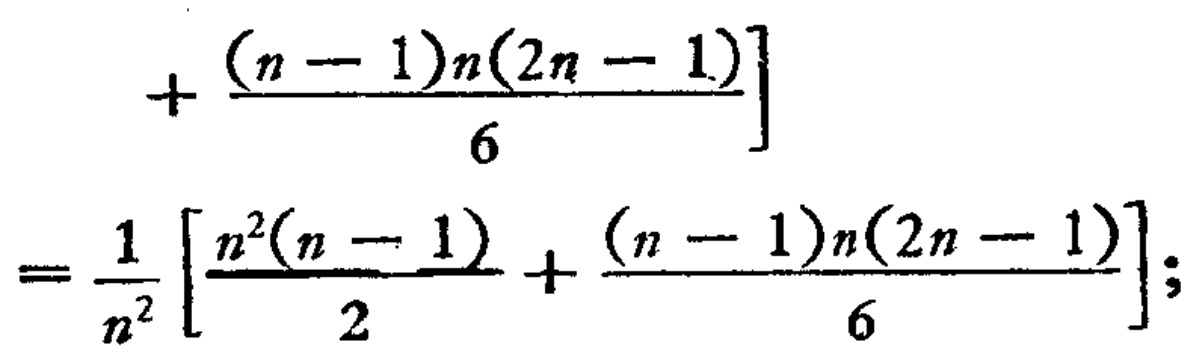
\[
+ \frac{(n - 1)n(2n - 1)}{6}
\]
\[
= \frac{1}{n^{2}}\left[\frac{n^{2}(n - 1)}{2}+\frac{(n - 1)n(2n - 1)}{6}\right];
\]